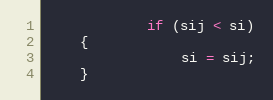
Language: C++
			if (sij < si)
	{
				si = sij;
	}